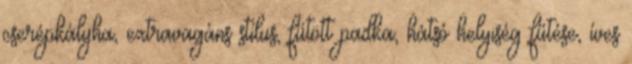
cserépkályha, extravagáns stílus, fűtött padka, hátsó helyiség fűtése, íves